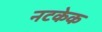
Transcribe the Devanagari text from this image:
नटकेक